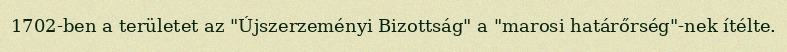
1702-ben a területet az "Újszerzeményi Bizottság" a "marosi határőrség"-nek ítélte.